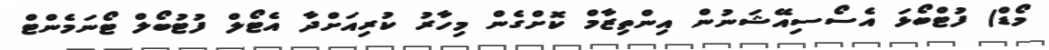
މޯޑް) ފުޓްބޯޅަ އެސޯސިއޭޝަނުން އިންތިޒާމް ކޮށްގެން މިހާރު ކުރިއަށްދާ އެޓޯލް ފުޓުބޯލް ޓޯނަމެންޓް